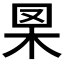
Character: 𦊧